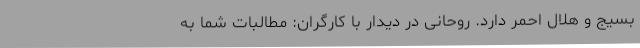
بسیج و هلال احمر دارد. روحانی در دیدار با کارگران: مطالبات شما به